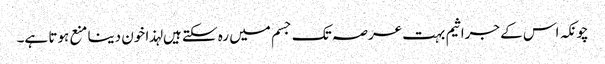
چونکہ اس کے جراثیم بہت عرصہ تک جسم میں رہ سکتے ہیں لہذا خون دینا منع ہوتا ہے۔